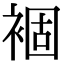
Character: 𧛂